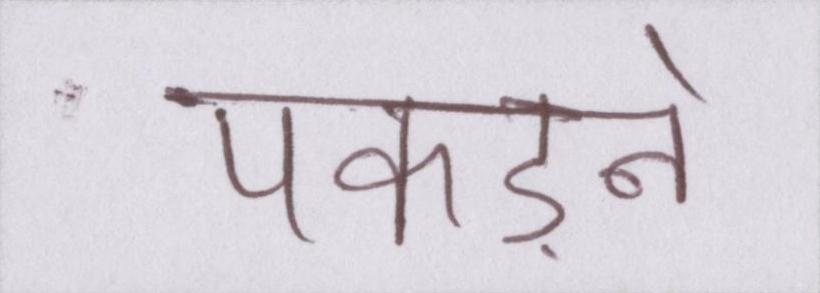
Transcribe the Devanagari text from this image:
पकड़ने